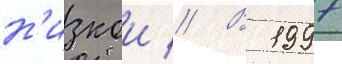
н'изкои // В 1997